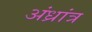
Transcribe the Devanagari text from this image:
अंध्रांत्र